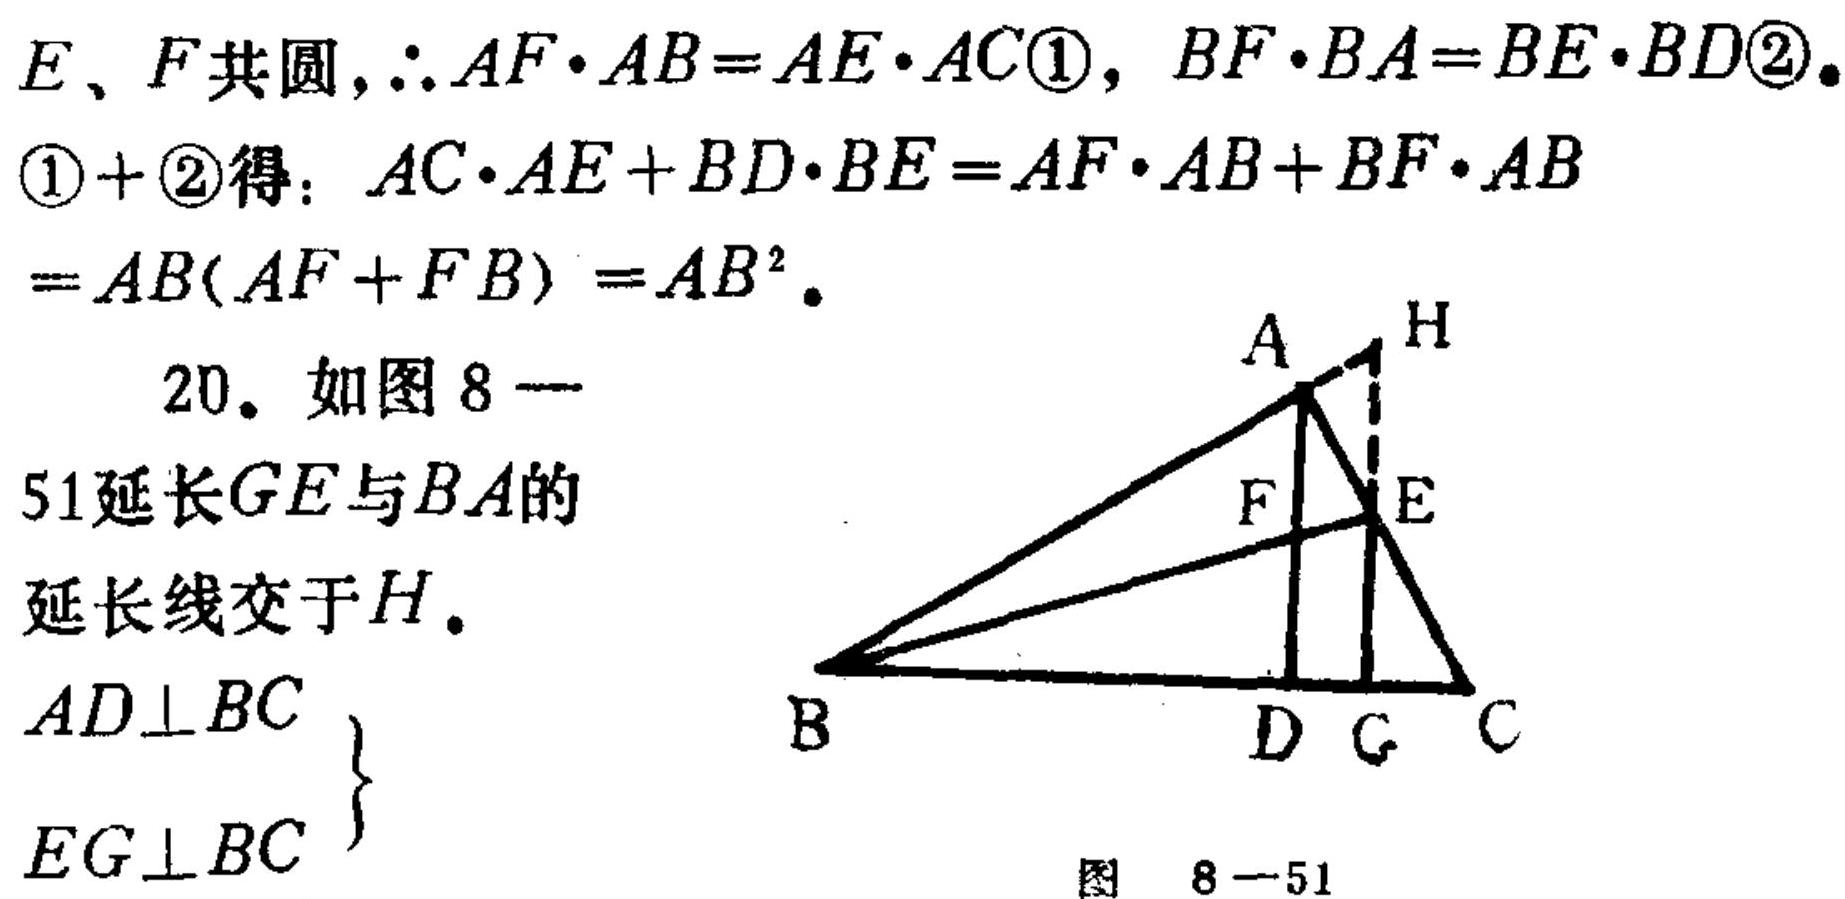
\(E\)、\(F\)共圆，\(\therefore AF\cdot AB = AE\cdot AC\textcircled{1}\)，\(BF\cdot BA = BE\cdot BD\textcircled{2}\)。
\(\textcircled{1}+\textcircled{2}\)得：\(AC\cdot AE + BD\cdot BE = AF\cdot AB + BF\cdot AB=AB(AF + FB)=AB^{2}\)。
20. 如图8—51延长\(GE\)与\(BA\)的延长线交于\(H\)。
\(\left.\begin{array}{l}
AD\perp BC \\
EG\perp BC
\end{array}\right\}\)